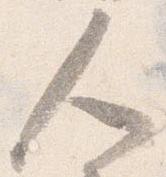
人